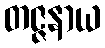
တဇ္ဇနာယ